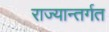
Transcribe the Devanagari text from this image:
राज्यान्तर्गत